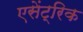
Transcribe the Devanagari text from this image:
एसेंट्रिक